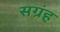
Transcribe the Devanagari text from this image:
सग्रंह